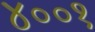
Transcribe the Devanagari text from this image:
४००१